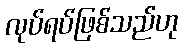
လုပ်ရပ်ဖြစ်သည်ဟု